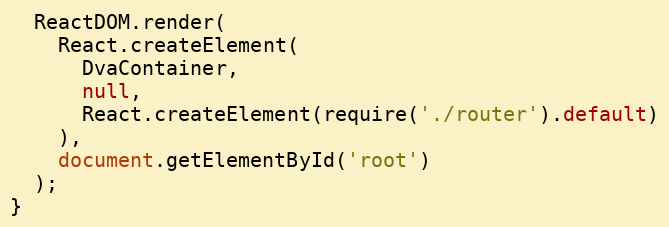
Language: JavaScript
  ReactDOM.render(
    React.createElement(
      DvaContainer,
      null,
      React.createElement(require('./router').default)
    ),
    document.getElementById('root')
  );
}